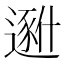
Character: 𱑐